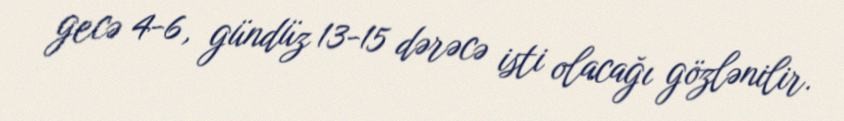
gecə 4-6, gündüz 13-15 dərəcə isti olacağı gözlənilir.